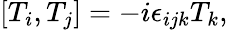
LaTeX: \left[T_{i},T_{j}\right]=-i\epsilon_{ijk}T_{k},